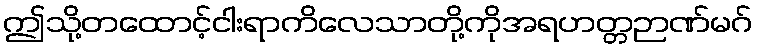
ဤသို့တထောင့်ငါးရာကိလေသာတို့ကိုအရဟတ္တဉာဏ်မဂ်